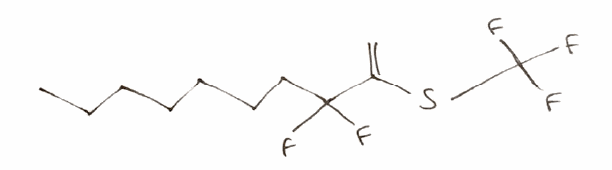
Simplified molecular-input line-entry system (SMILES) notation of the given molecule:
CCCCCCCC(C(=C)SC(F)(F)F)(F)F